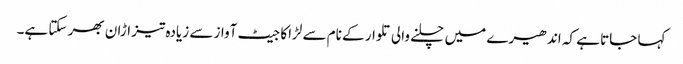
کہا جاتا ہے کہ اندھیرے میں چلنے والی تلوار کے نام سے لڑاکا جیٹ آواز سے زیادہ تیز اڑان بھر سکتا ہے۔